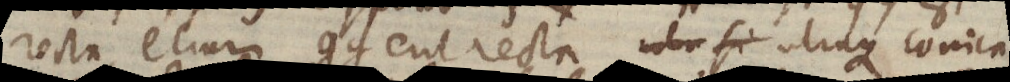
recta etiam gg eut recta _ si utraque conica